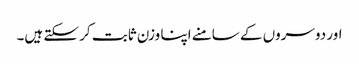
اور دوسروں کے سامنے اپنا وزن ثابت کر سکتے ہیں۔